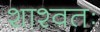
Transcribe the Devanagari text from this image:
शाश्वतः